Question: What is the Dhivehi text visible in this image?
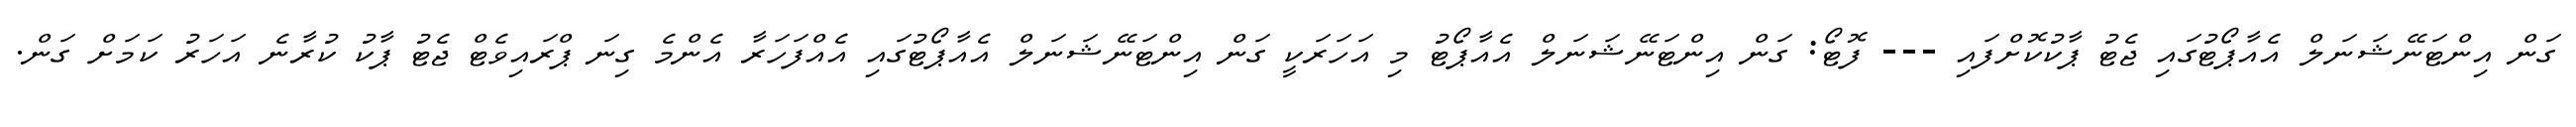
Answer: ގަން އިންޓަނޭޝަނަލް އެއާޕޯޓުގައި ޖެޓު ޕާކުކޮށްފައި --- ފޮޓޯ: ގަން އިންޓަނޭޝަނަލް އެއާޕޯޓު މި އަހަރަކީ ގަން އިންޓަނޭޝަނަލް އެއާޕޯޓުގައި އެއްފަހަރާ އެންމެ ގިނަ ޕްރައިވެޓް ޖެޓު ޕާކު ކުރާނެ އަހަރު ކަމަށް ގަން.